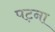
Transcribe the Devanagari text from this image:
पट़ना